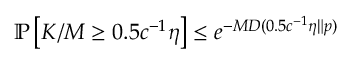
\begin{array} { r } { \mathbb { P } \left[ K / M \ge 0 . 5 c ^ { - 1 } \eta \right] \le e ^ { - M D ( 0 . 5 c ^ { - 1 } \eta \| p ) } } \end{array}